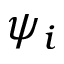
\psi _ { i }